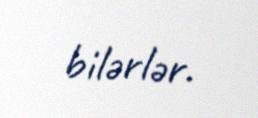
bilərlər.